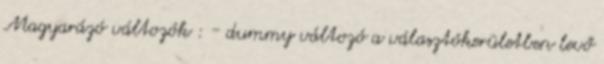
Magyarázó változók : - dummy változó a választókerületben levő